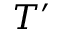
T ^ { \prime }